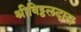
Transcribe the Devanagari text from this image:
श्रीविट्ठलदास